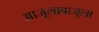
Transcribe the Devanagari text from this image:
आजूलाबाजूला